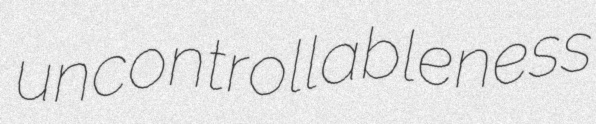
uncontrollableness